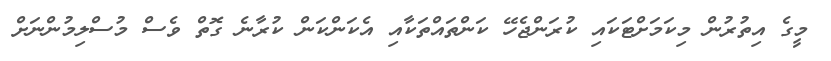
މީގެ އިތުރުން މިކަމަށްޓަކައި ކުރަންޖެހޭ ކަންތައްތަކާއި އެކަންކަން ކުރާނެ ގޮތް ވެސް މުސްލިމުންނަށް